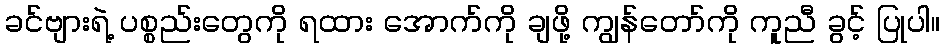
ခင်ဗျားရဲ့ ပစ္စည်းတွေကို ရထား အောက်ကို ချဖို့ ကျွန်တော်ကို ကူညီ ခွင့် ပြုပါ။